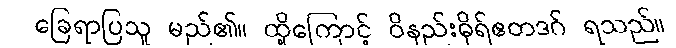
ခြေရာပြသူ မည်၏။ ထို့ကြောင့် ဝိနည်းဓိုရ်ဧတဒဂ် ရသည်။